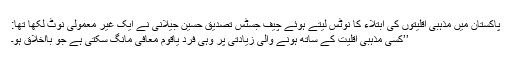
پاکستان میں مذہبی اقلیتوں کی ابتلاء کا نوٹس لیتے ہوئے چیف جسٹس تصدیق حسین جیلانی نے ایک غیر معمولی نوٹ لکھا تھا:
’’کسی مذہبی اقلیت کے ساتھ ہونے والی زیادتی پر وہی فرد یاقوم معافی مانگ سکتی ہے جو بااخلاق ہو۔